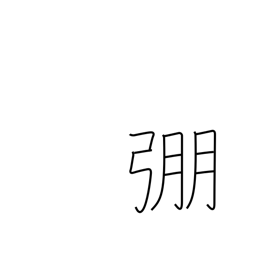
Meaning: strong bow